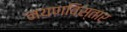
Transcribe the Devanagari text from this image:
नयणविस्तार